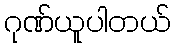
ဂုဏ်ယူပါတယ်